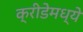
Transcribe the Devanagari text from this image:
क्रीडेमध्ये